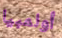
أولمبيا